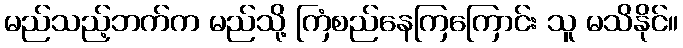
မည်သည့်ဘက်က မည်သို့ ကြံစည်နေကြကြောင်း သူ မသိနိုင်။